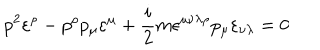
p ^ { 2 } \varepsilon ^ { \rho } - p ^ { \rho } p _ { \mu } \varepsilon ^ { \mu } + \frac { i } { 2 } m \epsilon ^ { \mu \nu \lambda \rho } p _ { \mu } \varepsilon _ { \nu \lambda } = 0